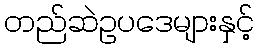
တည်ဆဲဥပဒေများနှင့်